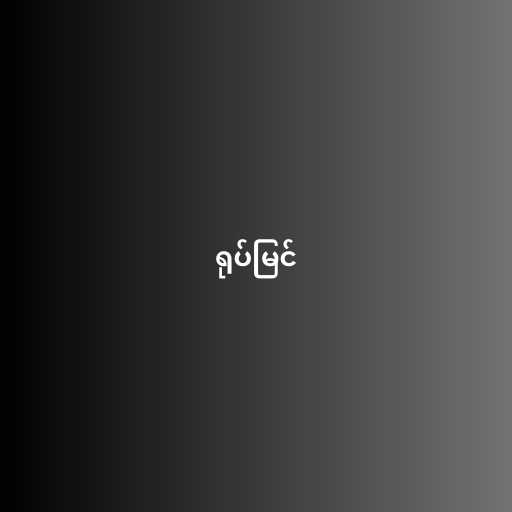
ရုပ်မြင်